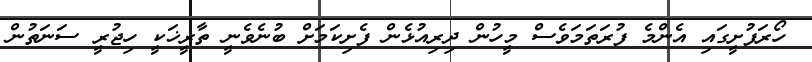
ހޯރަފުށީގައި އެންމެ ފުރަތަމަވެސް މީހުން ދިރިއުޅެން ފެށިކަމަށް ބުނެވެނީ ތާރީޚަކީ ހިޖުރީ ސަނަތުން